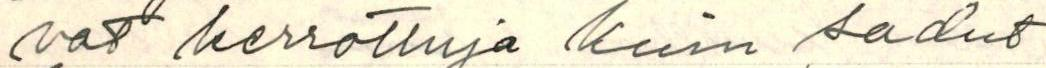
vat kerrottuja kuin sadut